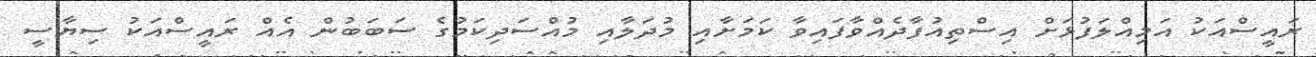
ރައީސްއަކު އަމިއްލަފުޅަށް އިސްތިއުފާދެއްވާފައިވާ ކަމަށާއި މުދަލާއި މުއްސަދިކަމުގެ ސަބަބުން އެއް ރައީސްއަކު ސިޔާސީ